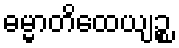
ဓမ္မာတိထေယျဉ္စ